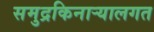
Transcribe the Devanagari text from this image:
समुद्रकिनाऱ्यालगत